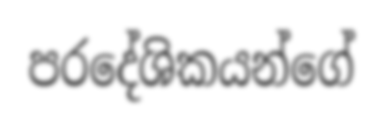
පරදේශිකයන්ගේ